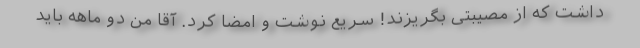
داشت که از مصیبتی بگریزند! ‌سریع نوشت و امضا کرد. آقا من دو ماهه باید